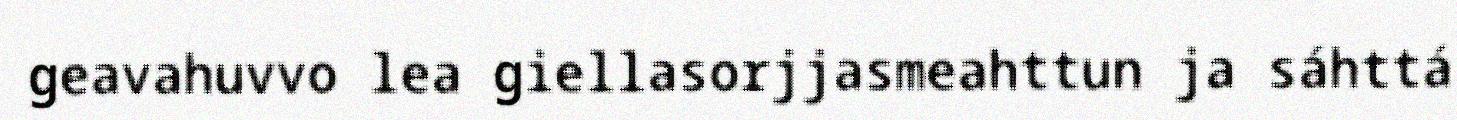
geavahuvvo lea giellasorjjasmeahttun ja sáhttá